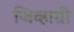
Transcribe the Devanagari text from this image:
जिव्हाग्री